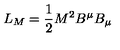
L _ { M } = \frac { 1 } { 2 } M ^ { 2 } B ^ { \mu } B _ { \mu }